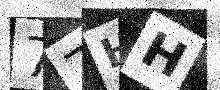
Text: 77HH